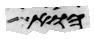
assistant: הוא